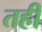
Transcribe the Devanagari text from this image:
तही